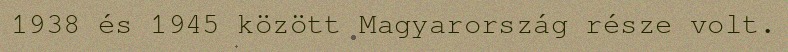
1938 és 1945 között Magyarország része volt.